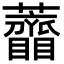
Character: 𧅠